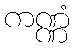
ကဏ္ဏံ